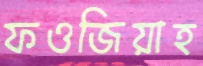
ফওজিয়াহ